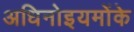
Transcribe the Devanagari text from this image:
अधिनोइयमोंके